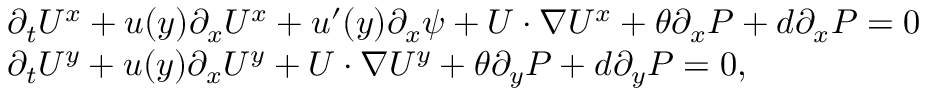
\begin{array} { r l } & { \partial _ { t } U ^ { x } + u ( y ) \partial _ { x } U ^ { x } + u ^ { \prime } ( y ) \partial _ { x } \psi + U \cdot \nabla U ^ { x } + \theta \partial _ { x } P + d \partial _ { x } P = 0 } \\ & { \partial _ { t } U ^ { y } + u ( y ) \partial _ { x } U ^ { y } + U \cdot \nabla U ^ { y } + \theta \partial _ { y } P + d \partial _ { y } P = 0 , } \end{array}